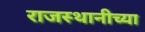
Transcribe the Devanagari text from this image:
राजस्थानीच्या